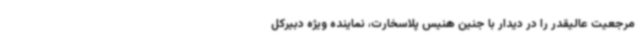
مرجعیت عالیقدر را در دیدار با جنین هنیس پلاسخارت، نماینده ویژه دبیرکل